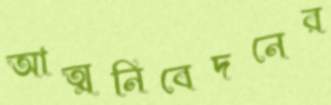
আত্মনিবেদনের